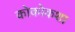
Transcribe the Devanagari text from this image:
कोकोकशा